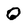
Character: Q